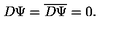
D \Psi = { \overline { D } } { \overline { \Psi } } = 0 .